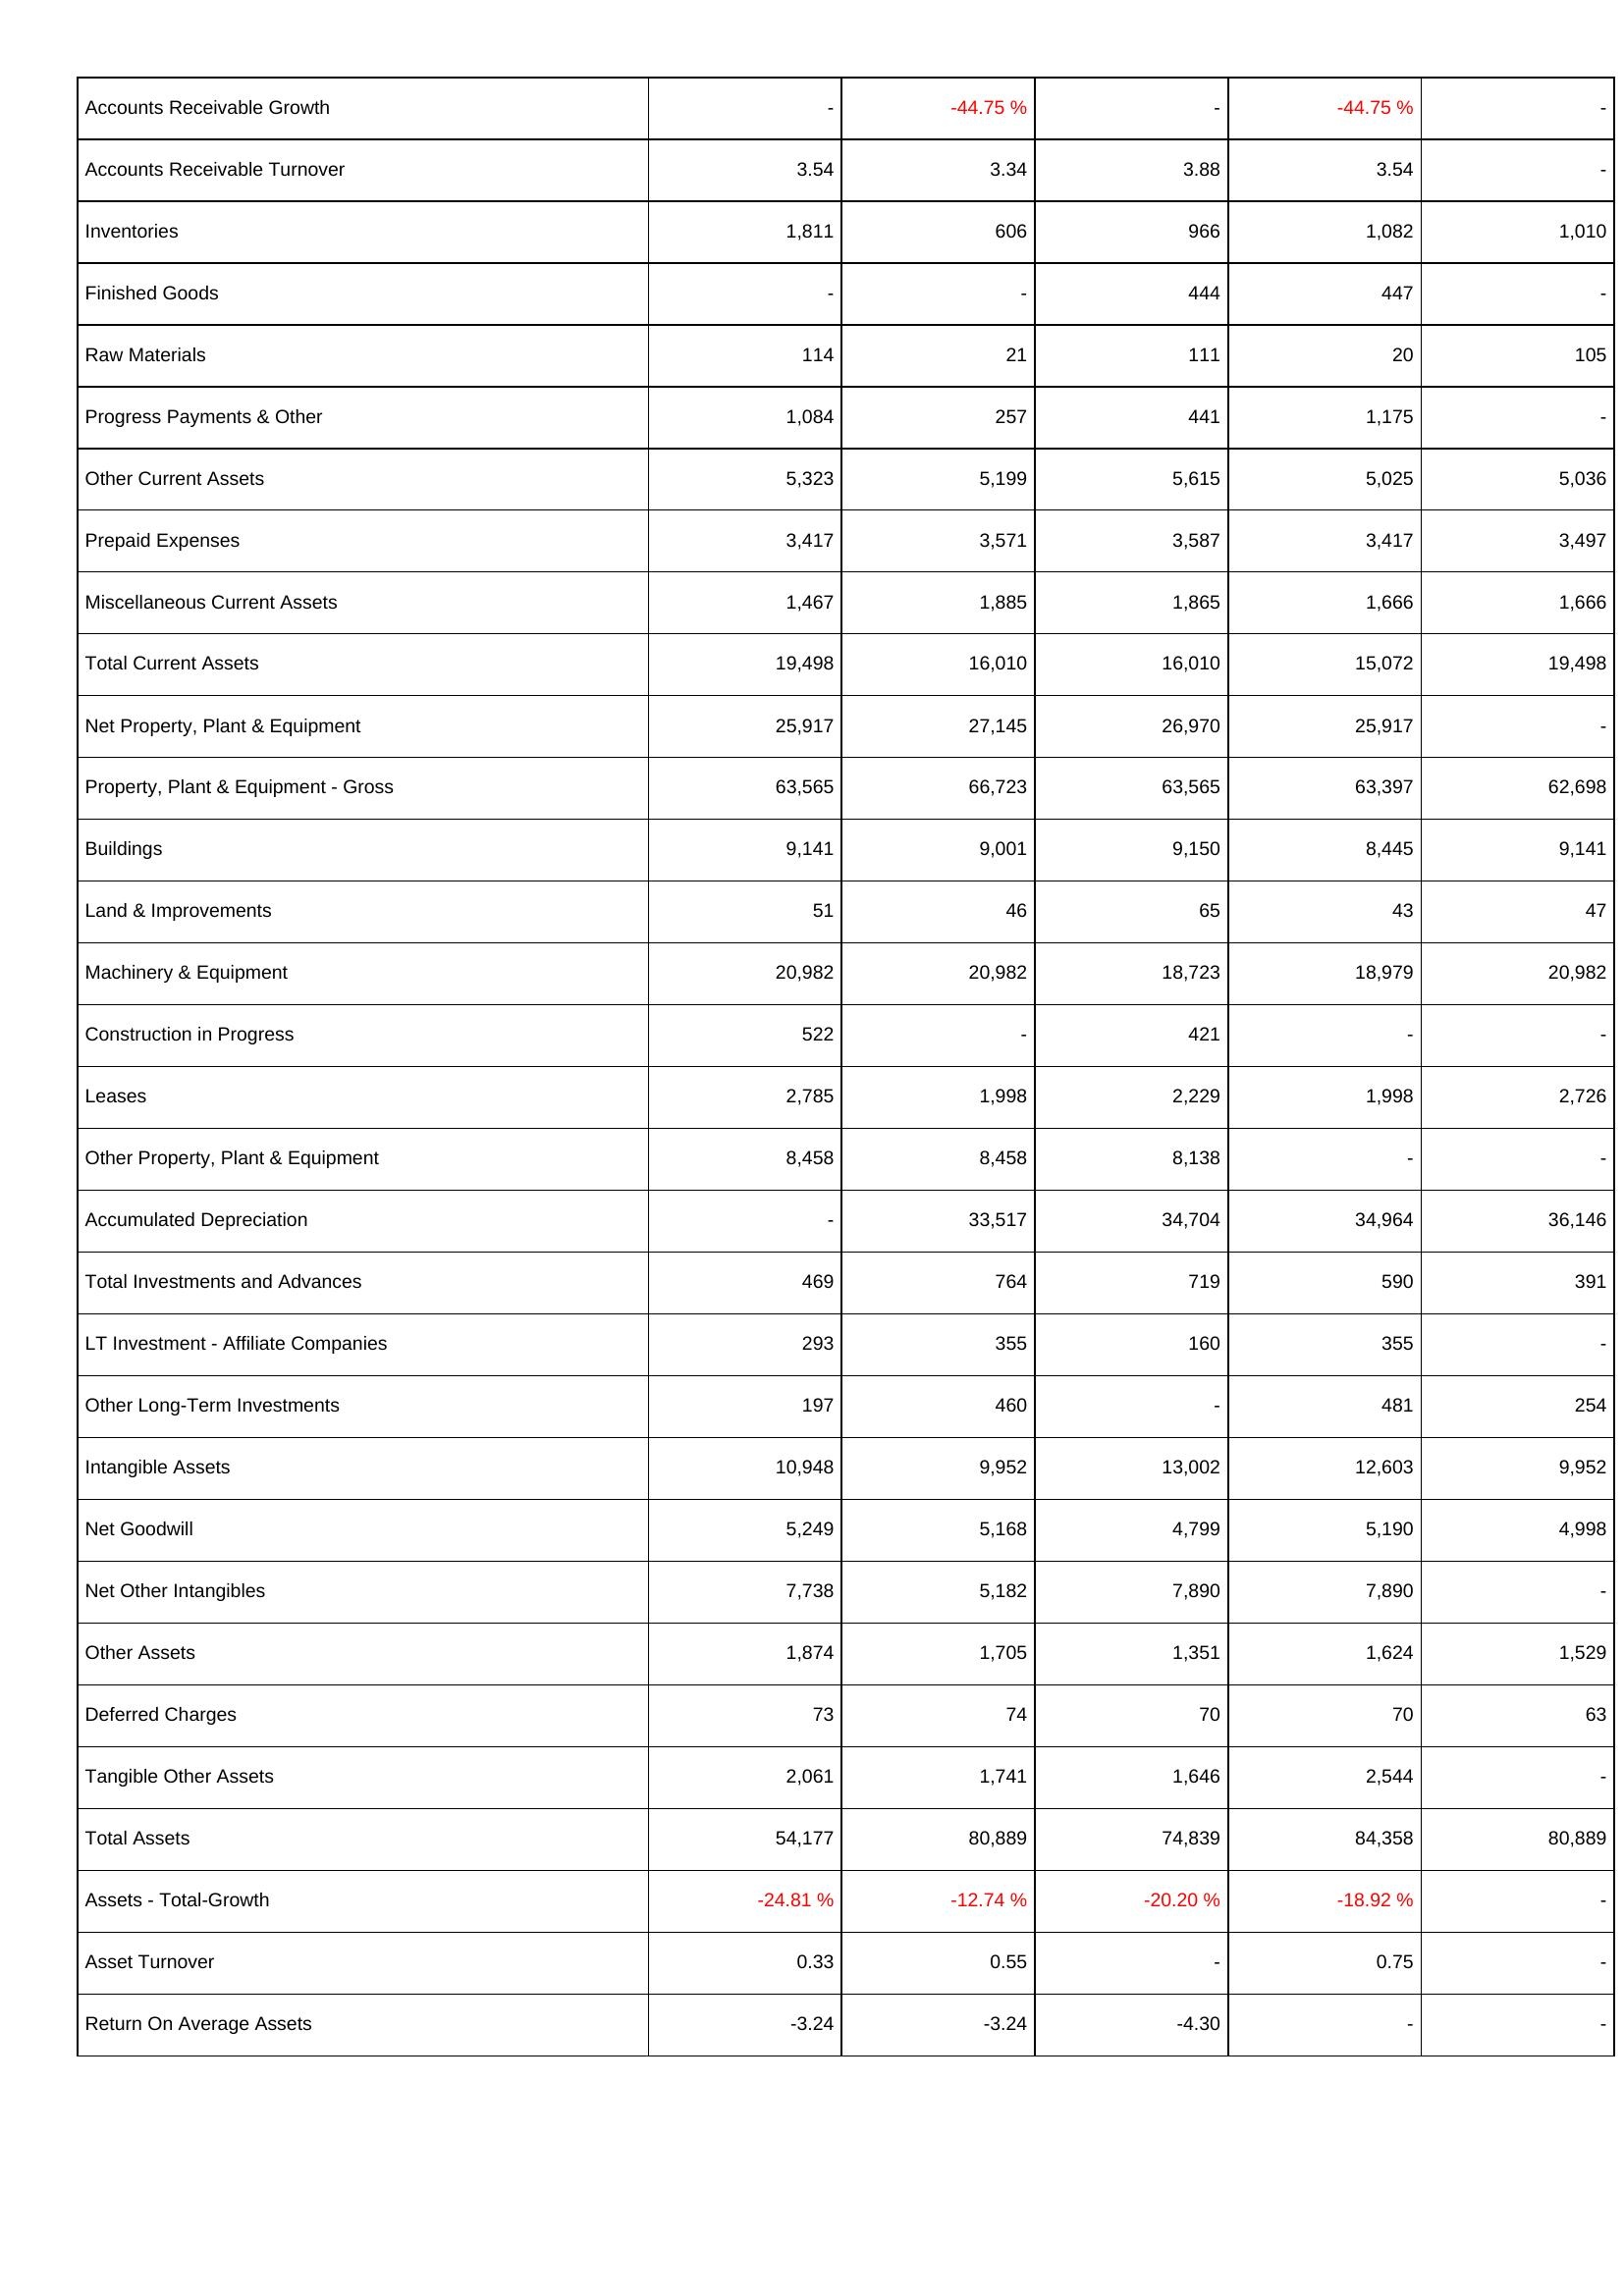
2013: Assets: Accounts Receivable Growth: -
Accounts Receivable Turnover: 3.54
Inventories: 1,811
Finished Goods: -
Raw Materials: 114
Progress Payments & Other: 1,084
Other Current Assets: 5,323
Prepaid Expenses: 3,417
Miscellaneous Current Assets: 1,467
Total Current Assets: 19,498
Net Property, Plant & Equipment: 25,917
Property, Plant & Equipment - Gross: 63,565
Buildings: 9,141
Land & Improvements: 51
Machinery & Equipment: 20,982
Construction in Progress: 522
Leases: 2,785
Other Property, Plant & Equipment: 8,458
Accumulated Depreciation: -
Total Investments and Advances: 469
LT Investment - Affiliate Companies: 293
Other Long-Term Investments: 197
Intangible Assets: 10,948
Net Goodwill: 5,249
Net Other Intangibles: 7,738
Other Assets: 1,874
Deferred Charges: 73
Tangible Other Assets: 2,061
Total Assets: 54,177
Assets - Total-Growth: -24.81 %
Asset Turnover: 0.33
Return On Average Assets: -3.24
2012: Assets: Accounts Receivable Growth: -44.75 %
Accounts Receivable Turnover: 3.34
Inventories: 606
Finished Goods: -
Raw Materials: 21
Progress Payments & Other: 257
Other Current Assets: 5,199
Prepaid Expenses: 3,571
Miscellaneous Current Assets: 1,885
Total Current Assets: 16,010
Net Property, Plant & Equipment: 27,145
Property, Plant & Equipment - Gross: 66,723
Buildings: 9,001
Land & Improvements: 46
Machinery & Equipment: 20,982
Construction in Progress: -
Leases: 1,998
Other Property, Plant & Equipment: 8,458
Accumulated Depreciation: 33,517
Total Investments and Advances: 764
LT Investment - Affiliate Companies: 355
Other Long-Term Investments: 460
Intangible Assets: 9,952
Net Goodwill: 5,168
Net Other Intangibles: 5,182
Other Assets: 1,705
Deferred Charges: 74
Tangible Other Assets: 1,741
Total Assets: 80,889
Assets - Total-Growth: -12.74 %
Asset Turnover: 0.55
Return On Average Assets: -3.24
2011: Assets: Accounts Receivable Growth: -
Accounts Receivable Turnover: 3.88
Inventories: 966
Finished Goods: 444
Raw Materials: 111
Progress Payments & Other: 441
Other Current Assets: 5,615
Prepaid Expenses: 3,587
Miscellaneous Current Assets: 1,865
Total Current Assets: 16,010
Net Property, Plant & Equipment: 26,970
Property, Plant & Equipment - Gross: 63,565
Buildings: 9,150
Land & Improvements: 65
Machinery & Equipment: 18,723
Construction in Progress: 421
Leases: 2,229
Other Property, Plant & Equipment: 8,138
Accumulated Depreciation: 34,704
Total Investments and Advances: 719
LT Investment - Affiliate Companies: 160
Other Long-Term Investments: -
Intangible Assets: 13,002
Net Goodwill: 4,799
Net Other Intangibles: 7,890
Other Assets: 1,351
Deferred Charges: 70
Tangible Other Assets: 1,646
Total Assets: 74,839
Assets - Total-Growth: -20.20 %
Asset Turnover: -
Return On Average Assets: -4.30
2010: Assets: Accounts Receivable Growth: -44.75 %
Accounts Receivable Turnover: 3.54
Inventories: 1,082
Finished Goods: 447
Raw Materials: 20
Progress Payments & Other: 1,175
Other Current Assets: 5,025
Prepaid Expenses: 3,417
Miscellaneous Current Assets: 1,666
Total Current Assets: 15,072
Net Property, Plant & Equipment: 25,917
Property, Plant & Equipment - Gross: 63,397
Buildings: 8,445
Land & Improvements: 43
Machinery & Equipment: 18,979
Construction in Progress: -
Leases: 1,998
Other Property, Plant & Equipment: -
Accumulated Depreciation: 34,964
Total Investments and Advances: 590
LT Investment - Affiliate Companies: 355
Other Long-Term Investments: 481
Intangible Assets: 12,603
Net Goodwill: 5,190
Net Other Intangibles: 7,890
Other Assets: 1,624
Deferred Charges: 70
Tangible Other Assets: 2,544
Total Assets: 84,358
Assets - Total-Growth: -18.92 %
Asset Turnover: 0.75
Return On Average Assets: -
2009: Assets: Accounts Receivable Growth: -
Accounts Receivable Turnover: -
Inventories: 1,010
Finished Goods: -
Raw Materials: 105
Progress Payments & Other: -
Other Current Assets: 5,036
Prepaid Expenses: 3,497
Miscellaneous Current Assets: 1,666
Total Current Assets: 19,498
Net Property, Plant & Equipment: -
Property, Plant & Equipment - Gross: 62,698
Buildings: 9,141
Land & Improvements: 47
Machinery & Equipment: 20,982
Construction in Progress: -
Leases: 2,726
Other Property, Plant & Equipment: -
Accumulated Depreciation: 36,146
Total Investments and Advances: 391
LT Investment - Affiliate Companies: -
Other Long-Term Investments: 254
Intangible Assets: 9,952
Net Goodwill: 4,998
Net Other Intangibles: -
Other Assets: 1,529
Deferred Charges: 63
Tangible Other Assets: -
Total Assets: 80,889
Assets - Total-Growth: -
Asset Turnover: -
Return On Average Assets: -